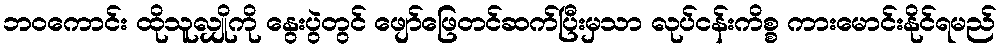
ဘဝကောင်း ထိုသူလျှိုကို နွေးပွဲတွင် ဖျော်ဖြေတင်ဆက်ပြီးမှသာ လုပ်ငန်းကိစ္စ ကားမောင်းနိုင်ရမည်